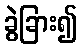
ခွဲခြား၍